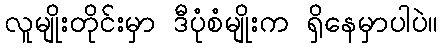
လူမျိုးတိုင်းမှာ ဒီပုံစံမျိုးက ရှိနေမှာပါပဲ။